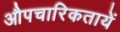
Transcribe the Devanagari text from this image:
औपचारिकतायें